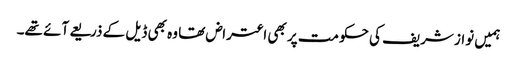
ہمیں نواز شریف کی حکومت پر بھی اعتراض تھا وہ بھی ڈیل کے ذریعے آئے تھے۔